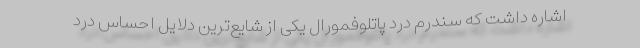
اشاره داشت که سندرم درد پاتلوفمورال یکی از شایع‌ترین دلایل احساس درد